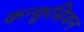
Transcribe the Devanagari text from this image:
कन्फ़ुसियन